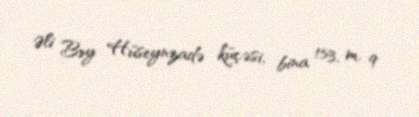
Əli Bəy Hüseynzadə küçəsi, bina 153, m. 9